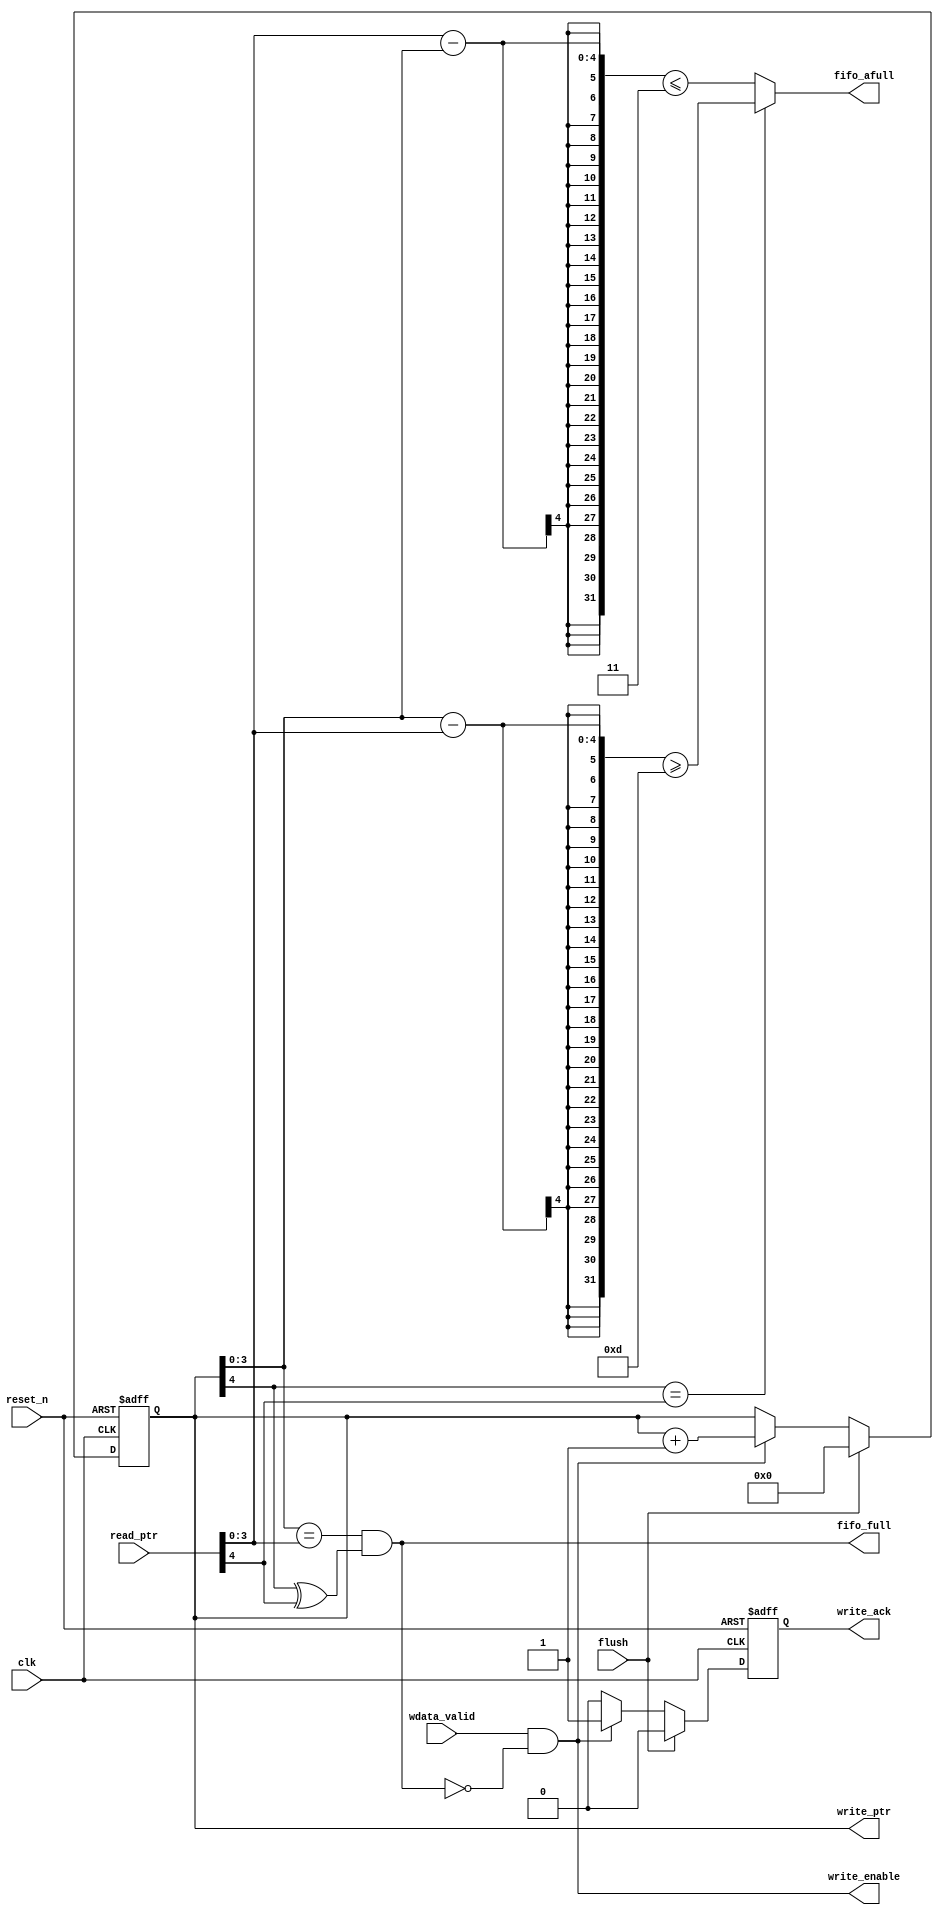
//***********************************************************
//WRITE CONTROL LOGIC 
//***********************************************************
//
// Module Name: write_control_logic
// Description: Controls the write operation of sync_fifo.Generates
// FIFO full & almost full flags.
// Place: Cadence Design Systems, Inc.
//***********************************************************
//
module write_control_logic #(
     parameter ADDR_WIDTH = 4,
     parameter AFULL = 3,
     parameter DEPTH = 16
     )
     (
     // Inputs
     input [ADDR_WIDTH:0] read_ptr,
     input wdata_valid,
     input flush,
     input reset_n,
     input clk,
     // Outputs
     output reg write_ack,
     output write_enable,
     output reg [ADDR_WIDTH:0] write_ptr,
     output fifo_full,
     output reg fifo_afull
	 ); 
	 
	 
     wire [ADDR_WIDTH-1:0] write_addr;
     wire [ADDR_WIDTH-1:0] read_addr; 
     // Extracting read and write addresses
 

     assign read_addr = read_ptr[ADDR_WIDTH-1:0];
     assign write_addr = write_ptr[ADDR_WIDTH-1:0]; 
     // Generating write enable
     // No write when FIFO is full
     assign write_enable = wdata_valid && (~fifo_full); 
     // Generating fifo full status
     // FIFO full is asserted when both pointers point to same address but their 
     // MSBs are different
     assign fifo_full = ( (write_addr == read_addr) &&(write_ptr[ADDR_WIDTH] ^ read_ptr[ADDR_WIDTH]) ); 
     // Generating fifo almost full status
     always @*
     begin
          if (write_ptr[ADDR_WIDTH] == 
               read_ptr[ADDR_WIDTH])
               fifo_afull = ((write_addr - read_addr) >= (DEPTH - AFULL));
          else
               fifo_afull = ((read_addr - write_addr) <= AFULL);
     end 
     // Write pointer generation logic
     always @(posedge clk or negedge reset_n)
     begin
          if (~reset_n)
          begin
               write_ptr <= {(ADDR_WIDTH+1){1'b0}};
               write_ack <= 1'b0;
          end
          else if (flush)
          begin
               write_ptr <= {(ADDR_WIDTH+1){1'b0}};
               write_ack <= 1'b0;
          end
          else if (write_enable)
          begin
               write_ptr <= write_ptr + {{ADDR_WIDTH{1'b0}},1'b1};
               write_ack<= 1'b1;
          end
          else
          begin     
               write_ack <= 1'b0;
          end
     end
endmodule